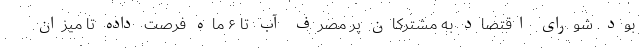
بود. شورای اقتصاد به مشترکان پُر مصرف آب تا ۶ ماه فرصت داده تا میزان